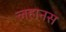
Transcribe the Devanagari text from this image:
लहानस